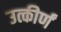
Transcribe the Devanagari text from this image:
उत्कीर्णं